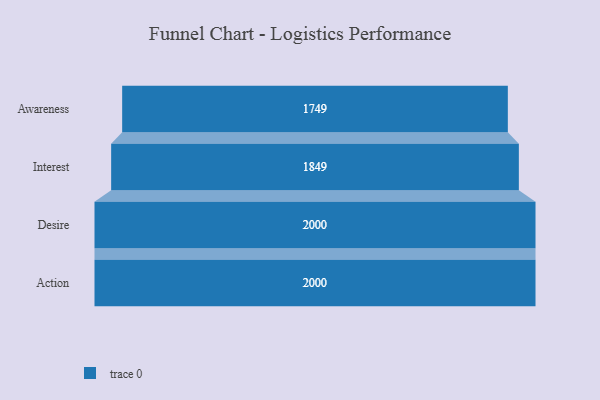
{"axis": {"x": "Stage", "y": "Value"}, "legend": [""], "data": [{"x": "Awareness", "y": 1749.0, "type": ""}, {"x": "Interest", "y": 1849.0, "type": ""}, {"x": "Desire", "y": 2000, "type": ""}, {"x": "Action", "y": 2000, "type": ""}]}